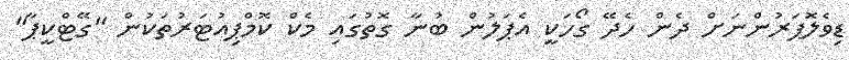
ޑިވެލޮޕަރުންނަށް ދެން ހެދޭ ގޯހަކީ އެޕަލުން ބުނާ ގޮތުގައި މެކް ކޮމްޕިއުޓަރުތަކުން "ގޭޓްކީޕާ"